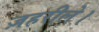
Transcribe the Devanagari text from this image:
ज़हरीले।